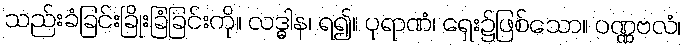
သည်းခံခြင်းခြိုးခြံခြင်းကို။ လဒ္ဓါန၊ ရ၍။ ပုရာဏံ၊ ရှေး၌ဖြစ်သော။ ဝဏ္ဏဗလံ၊